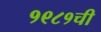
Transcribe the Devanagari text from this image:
१९८१ची